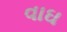
વાઘ